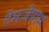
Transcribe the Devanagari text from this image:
टेमजेपाम